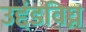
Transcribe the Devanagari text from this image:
उद्दंडविघ्न